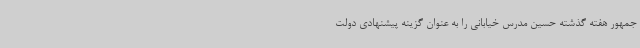
جمهور هفته گذشته حسین مدرس خیابانی را به عنوان گزینه پیشنهادی دولت